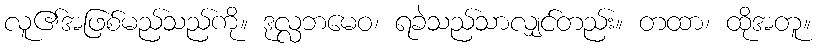
လူ၏အဖြစ်မည်သည်ကို။ ဒုလ္လဘမေဝ၊ ရခဲသည်သာလျှင်တည်း။ တထာ၊ ထိုအတူ။